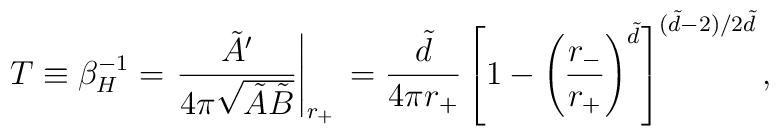
T \equiv \beta _H^{-1}=\left.\frac{\tilde{A}'}{4\pi\sqrt{\tilde{A}\tilde{B}}}\right |_{r_+}\nonumber\\=\frac{\tilde{d}}{4\pi r_+}\left[1-\left(\frac{r_-}{r_+}\right)^{\tilde{d}}\right]^{(\tilde{d}-2)/2\tilde{d}},